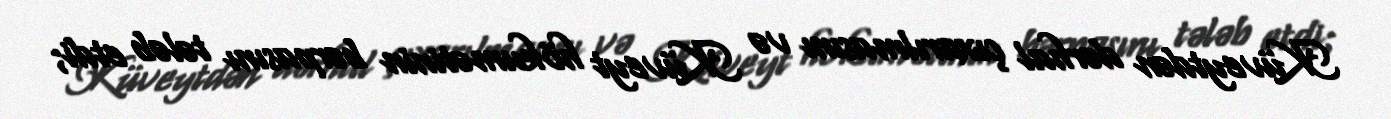
Küveytdən dərhal çıxarılmasını və Küveyt hökumətinin bərpasını tələb etdi;